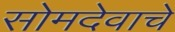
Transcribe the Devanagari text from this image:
सोमदेवाचे